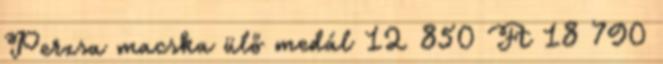
Perzsa macska ülő medál 12 850 Ft 18 790